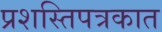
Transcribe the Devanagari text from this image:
प्रशस्तिपत्रकात